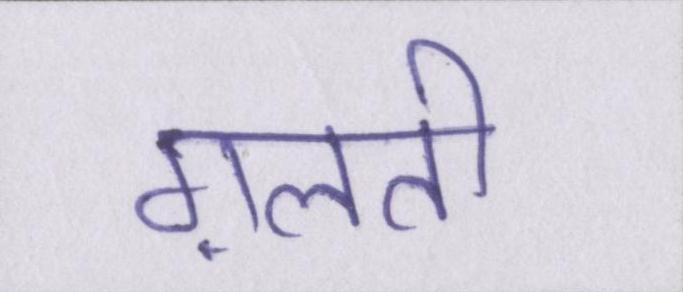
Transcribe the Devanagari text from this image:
ग़लती